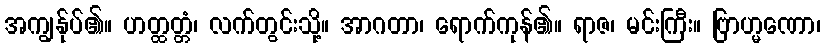
အကျွန်ုပ်၏။ ဟတ္ထတ္တံ၊ လက်တွင်းသို့။ အာဂတာ၊ ရောက်ကုန်၏။ ရာဇ၊ မင်းကြီး။ ဗြာဟ္မဏော၊